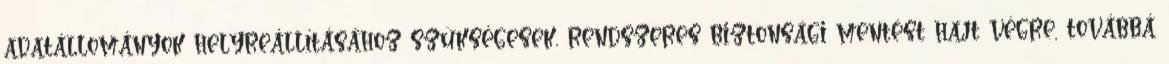
adatállományok helyreállításához szükségesek, rendszeres biztonsági mentést hajt végre, továbbá